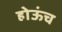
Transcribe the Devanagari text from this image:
होऊंच